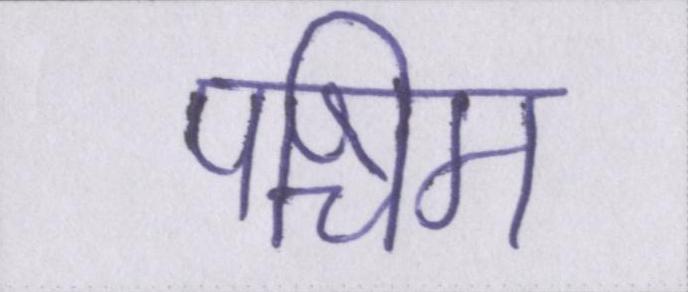
पश्चिम